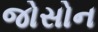
જોસોન